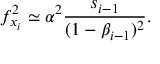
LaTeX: f _ { x _ { i } } ^ { 2 } \simeq \alpha ^ { 2 } \frac { s _ { i - 1 } } { ( 1 - \beta _ { i - 1 } ) ^ { 2 } } .